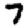
Digit: 7